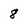
Character: 8